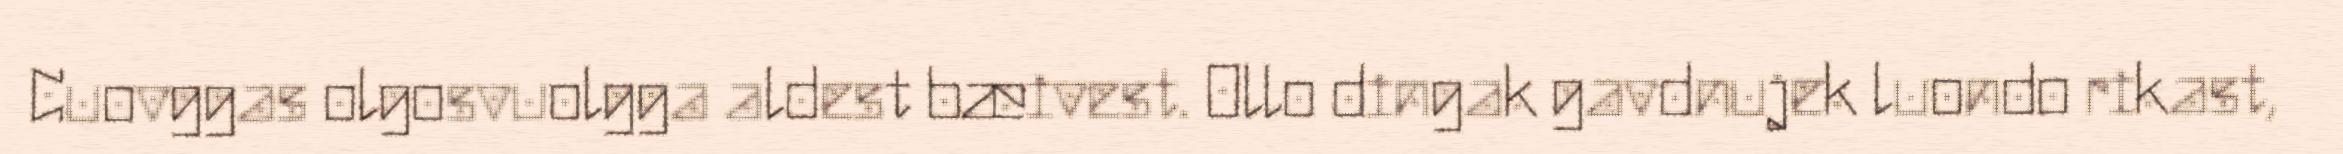
Cuovggas olgosvuolgga aldest bæivest. Ollo dingak gavdnujek luondo rikast,